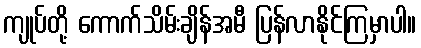
ကျုပ်တို့ ကောက်သိမ်းချိန်အမီ ပြန်လာနိုင်ကြမှာပါ။